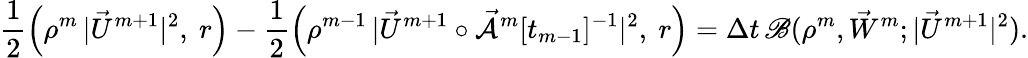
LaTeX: \frac{1}{2}\Bigl(\rho^{m}\, |\vec{U}^{m+1}|^{2},~r\Bigr)-\frac{1}{2}\Bigl(\rho^{m-1}\, |\vec{U}^{m+1}\circ\mathcal{\vec{A}}^{m}[t_{m-1}]^{-1}|^{2},~r\Bigr)=\Delta t\, \mathscr{B}(\rho^{m},\vec{W}^{m};|\vec{U}^{m+1}|^{2}).